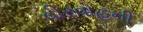
વીરવાહની